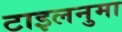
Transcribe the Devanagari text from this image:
टाइलनुमा